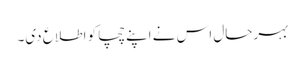
بہرحال اس نے اپنے چچا کو اطلاع دی۔